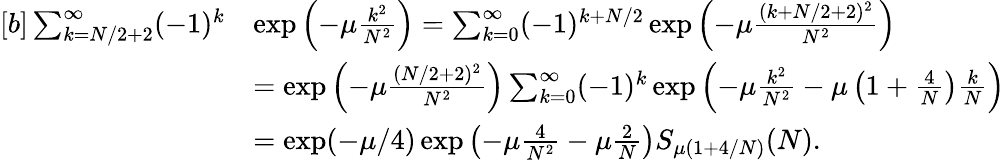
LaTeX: \begin{array}{rl}{[b]\sum_{k=N/2+2}^{\infty}(-1)^{k}}&{\exp\left(-\mu\frac{k^{2}}{N^{2}}\right)=\sum_{k=0}^{\infty}(-1)^{k+N/2}\exp\left(-\mu\frac{(k+N/2+2)^{2}}{N^{2}}\right)}\\ &{=\exp\left(-\mu\frac{(N/2+2)^{2}}{N^{2}}\right)\sum_{k=0}^{\infty}(-1)^{k}\exp\left(-\mu\frac{k^{2}}{N^{2}}-\mu\left(1+\frac{4}{N}\right)\frac{k}{N}\right)}\\ &{=\exp(-\mu/4)\exp\left(-\mu\frac{4}{N^{2}}-\mu\frac{2}{N}\right)S_{\mu(1+4/N)}(N).}\end{array}